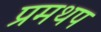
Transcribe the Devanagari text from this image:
प्रमथप